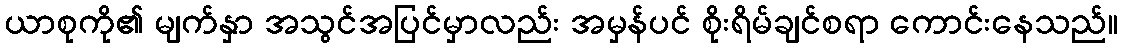
ယာစုကို၏ မျက်နှာ အသွင်အပြင်မှာလည်း အမှန်ပင် စိုးရိမ်ချင်စရာ ကောင်းနေသည်။